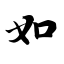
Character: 如